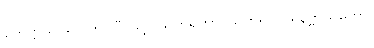
ပတိဋ္ဌာယ၊ ၍။ ဘဝင်္ဂံ၊ သို့။ ဩတရိတွာ၊ သက်၍။ ပရိနိဗ္ဗာယတော၊